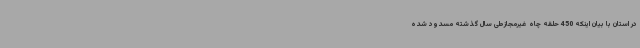
در استان با بیان اینکه 450 حلقه چاه غیرمجازطی سال گذشته مسدود شده